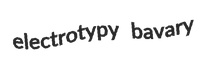
electrotypy bavary